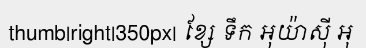
thumb|right|350px| ខ្សែ ទឹក អុយ៉ាស៊ី អុ